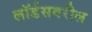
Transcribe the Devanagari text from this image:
लॉर्डसवरील